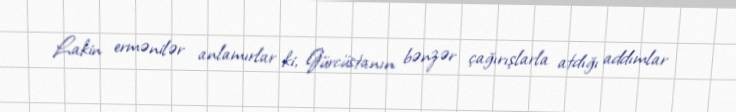
Lakin ermənilər anlamırlar ki, Gürcüstanın bənzər çağırışlarla atdığı addımlar